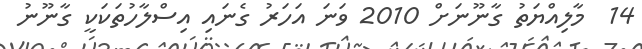
14  މާލިއްޔަތު ގާނޫނަށް 2010 ވަނަ އަހަރު ގެނައި އިސްލާހުތަކަކީ ގާނޫނު